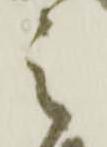
之